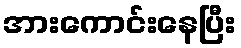
အားကောင်းနေပြီး